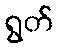
ရွတ်